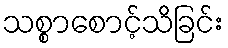
သစ္စာစောင့်သိခြင်း